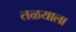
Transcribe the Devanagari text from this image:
तळयाला